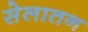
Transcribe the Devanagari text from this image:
सेलातन